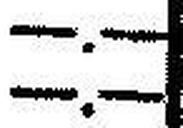
—.—